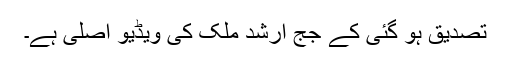
تصدیق ہو گئی کے جج ارشد ملک کی ویڈیو اصلی ہے۔